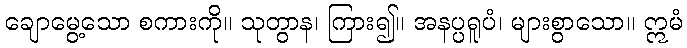
ချောမွေ့သော စကားကို။ သုတွာန၊ ကြား၍။ အနပ္ပရူပံ၊ များစွာသော။ ဣမံ